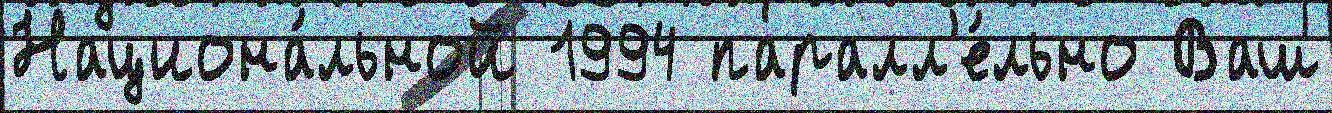
Национа́льной 1994 паралл'е́льно Ваш